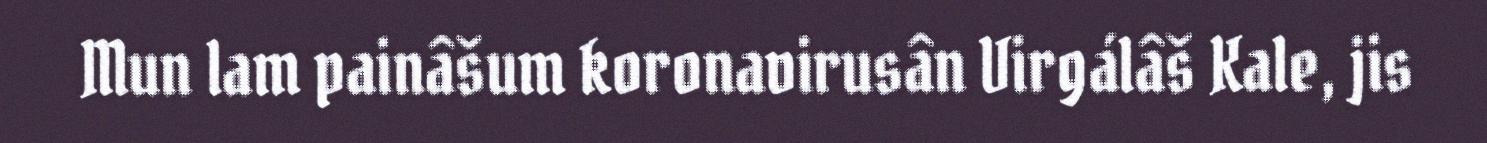
Mun lam painâšum koronavirusân Virgálâš Kale, jis